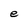
Character: e